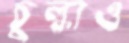
চুল্‌কাও